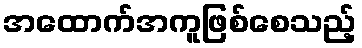
အထောက်အကူဖြစ်စေသည့်